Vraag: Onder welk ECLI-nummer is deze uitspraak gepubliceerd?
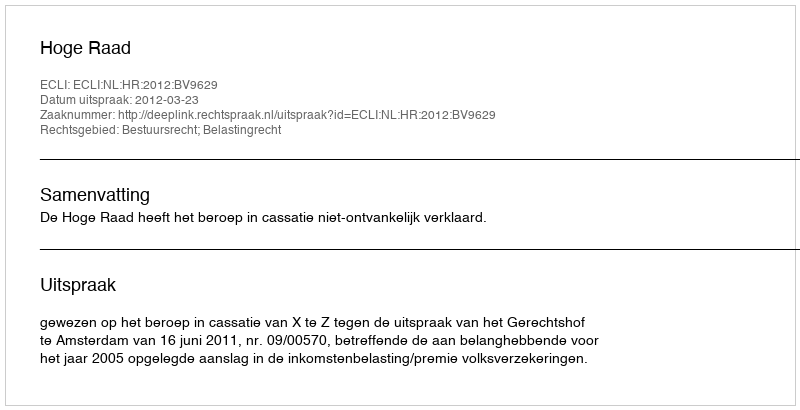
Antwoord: ECLI:NL:HR:2012:BV9629